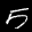
Label: 5